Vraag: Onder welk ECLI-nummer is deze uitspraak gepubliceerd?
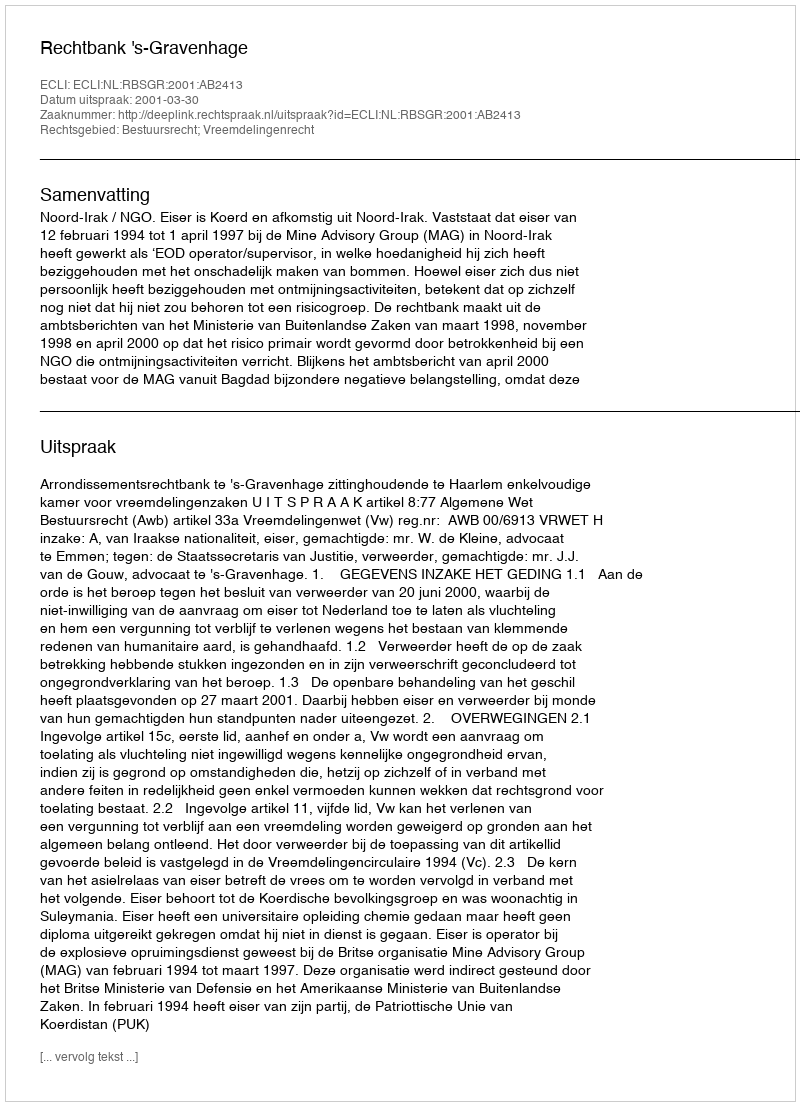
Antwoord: ECLI:NL:RBSGR:2001:AB2413